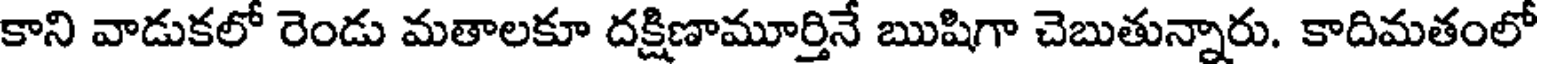
కాని వాడుకలో రెండు మతాలకూ దక్షిణామూర్తినే ఋషిగా చెబుతున్నారు. కాదిమతంలో